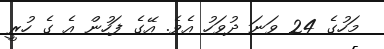
މަހުގެ 24 ވަނަ ދުވަހު އެވެ. އޭގެ ފަހުން އެ ގެ ހުރީ